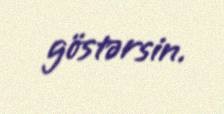
göstərsin.